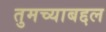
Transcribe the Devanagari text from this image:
तुमच्याबद्दल